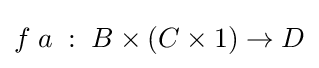
f\;a\;:\;B\times (C\times 1)\to D